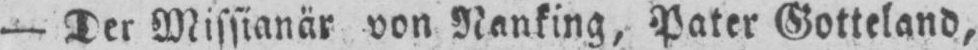
- Der Missianär von Nanking, Pater Gotteland,